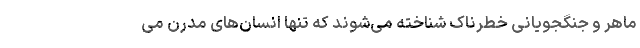
ماهر و جنگجویانی خطرناک شناخته می‌شوند که تنها انسان‌های مدرن می‌